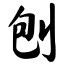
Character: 刨